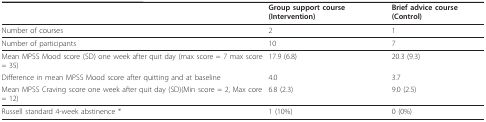
<table><thead><tr><td></td><td><b>Group support course (Intervention)</b></td><td><b>Brief advice course (Control)</b></td></tr></thead><tbody><tr><td>Number of courses</td><td>2</td><td>1</td></tr><tr><td>Number of participants</td><td>10</td><td>7</td></tr><tr><td>Mean MPSS Mood score (SD) one week after quit day (max score = 7 max score = 35)</td><td>17.9 (6.8)</td><td>20.3 (9.3)</td></tr><tr><td>Difference in mean MPSS Mood score after quitting and at baseline</td><td>4.0</td><td>3.7</td></tr><tr><td>Mean MPSS Craving score one week after quit day (SD)(Min score = 2, Max core = 12)</td><td>6.8 (2.3)</td><td>9.0 (2.5)</td></tr><tr><td>Russell standard 4-week abstinence *</td><td>1 (10%)</td><td>0 (0%)</td></tr></tbody></table>